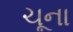
ચૂના